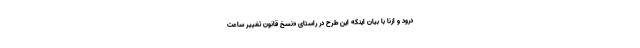
درود و ازنا با بیان اینکه این طرح در راستای «نسخ قانون تغییر ساعت